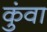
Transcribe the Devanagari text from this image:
कुंवा